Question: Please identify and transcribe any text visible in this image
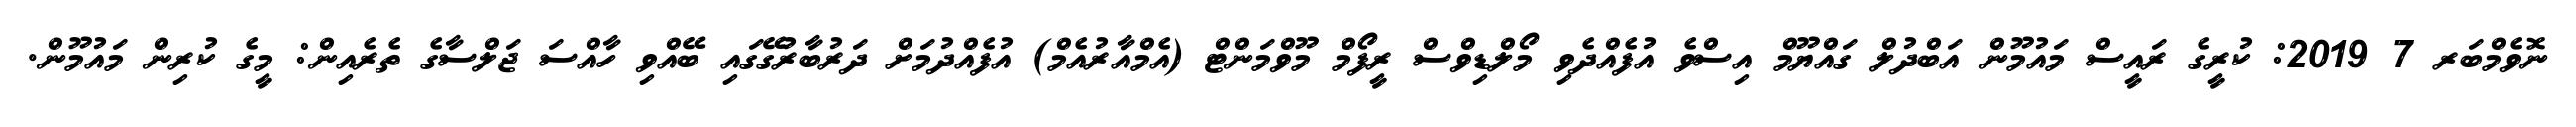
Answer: ނޮވެމްބަރ 7 2019: ކުރީގެ ރައީސް މައުމޫން އަބްދުލް ގައްޔޫމް އިސްވެ އުފެއްދެވި މޯލްޑިވްސް ރީފޯމް މޫވްމަންޓް (އެމްއާރުއެމް) އުފެއްދުމަށް ދަރުބާރުގޭގައި ބޭއްވި ހާއްސަ ޖަލްސާގެ ތެރެއިން: މީގެ ކުރިން މައުމޫން.